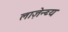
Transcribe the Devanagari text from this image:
लाज़ेन्ब्य